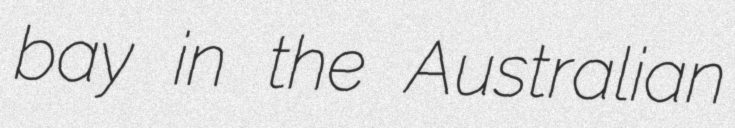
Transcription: bay in the Australian